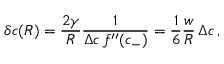
\delta c ( R ) = \frac { 2 \gamma } { R } \frac { 1 } { \Delta c \, f ^ { \prime \prime } ( c _ { - } ) } = \frac { 1 } { 6 } \frac { w } { R } \, \Delta c \, ,